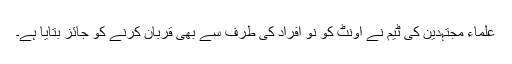
علماء مجتہدین کی ٹیم نے اونٹ کو نو افراد کی طرف سے بھی قربان کرنے کو جائز بتایا ہے۔